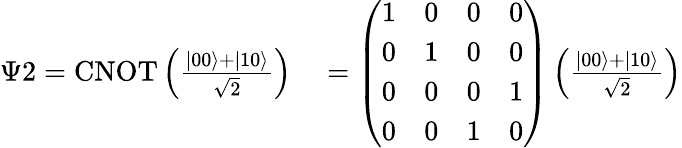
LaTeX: \begin{array}{rl}{\Psi 2=\operatorname{CNOT}\left(\frac{|00\rangle+|10\rangle}{\sqrt{2}}\right)}&{{}=\left(\begin{array}{llll}{1}&{0}&{0}&{0}\\ {0}&{1}&{0}&{0}\\ {0}&{0}&{0}&{1}\\ {0}&{0}&{1}&{0}\end{array}\right)\left(\frac{|00\rangle+|10\rangle}{\sqrt{2}}\right)}\end{array}